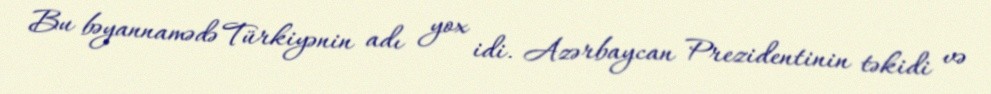
Bu bəyannamədə Türkiyənin adı yox idi. Azərbaycan Prezidentinin təkidi və